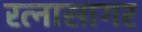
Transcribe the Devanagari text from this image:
रत्नासागर